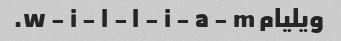
ویلیام w - i - l - l - i - a - m.